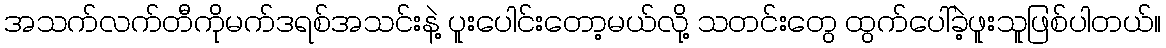
အသက်လက်တီကိုမက်ဒရစ်အသင်းနဲ့ ပူးပေါင်းတော့မယ်လို့ သတင်းတွေ ထွက်ပေါ်ခဲ့ဖူးသူဖြစ်ပါတယ်။